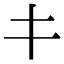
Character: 𰀁